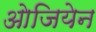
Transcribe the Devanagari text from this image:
ओजियेन